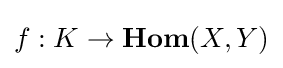
f:K\to {\textbf {Hom}}(X,Y)